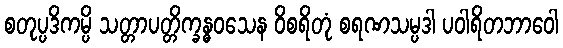
စတုပ္ပဒိကမ္ပိ သတ္တာပတ္တိက္ခန္ဓဝသေန ဝိစရိတုံ စရဏသမ္ပဒါ ပဝါရိတဘာဝေါ